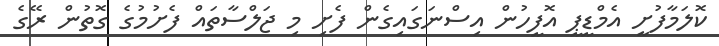
ކޮލަމާފުށީ އެމްޑީޕީ އޮފީހުން އިސްނަގައިގެން ފެށި މި ޖަލްސާތައް ފެށުމުގެ ގޮތުން ރޭގެ